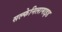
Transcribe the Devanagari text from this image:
सल्फेनिलामाइड